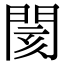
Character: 閡